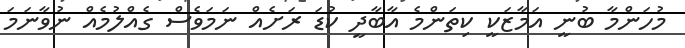
މުހަންމާ ބުނީ އަމާޒަކީ ކިތަންމެ އާބާދީ ކުޑަ ރަށެއް ނަމަވެސް ގެއްލުމެއް ނުވާނަމަ